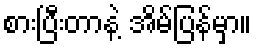
စားပြီးတာနဲ့ အိမ်ပြန်မှာ။